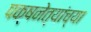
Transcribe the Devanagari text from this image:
पक्षनेत्यांच्या